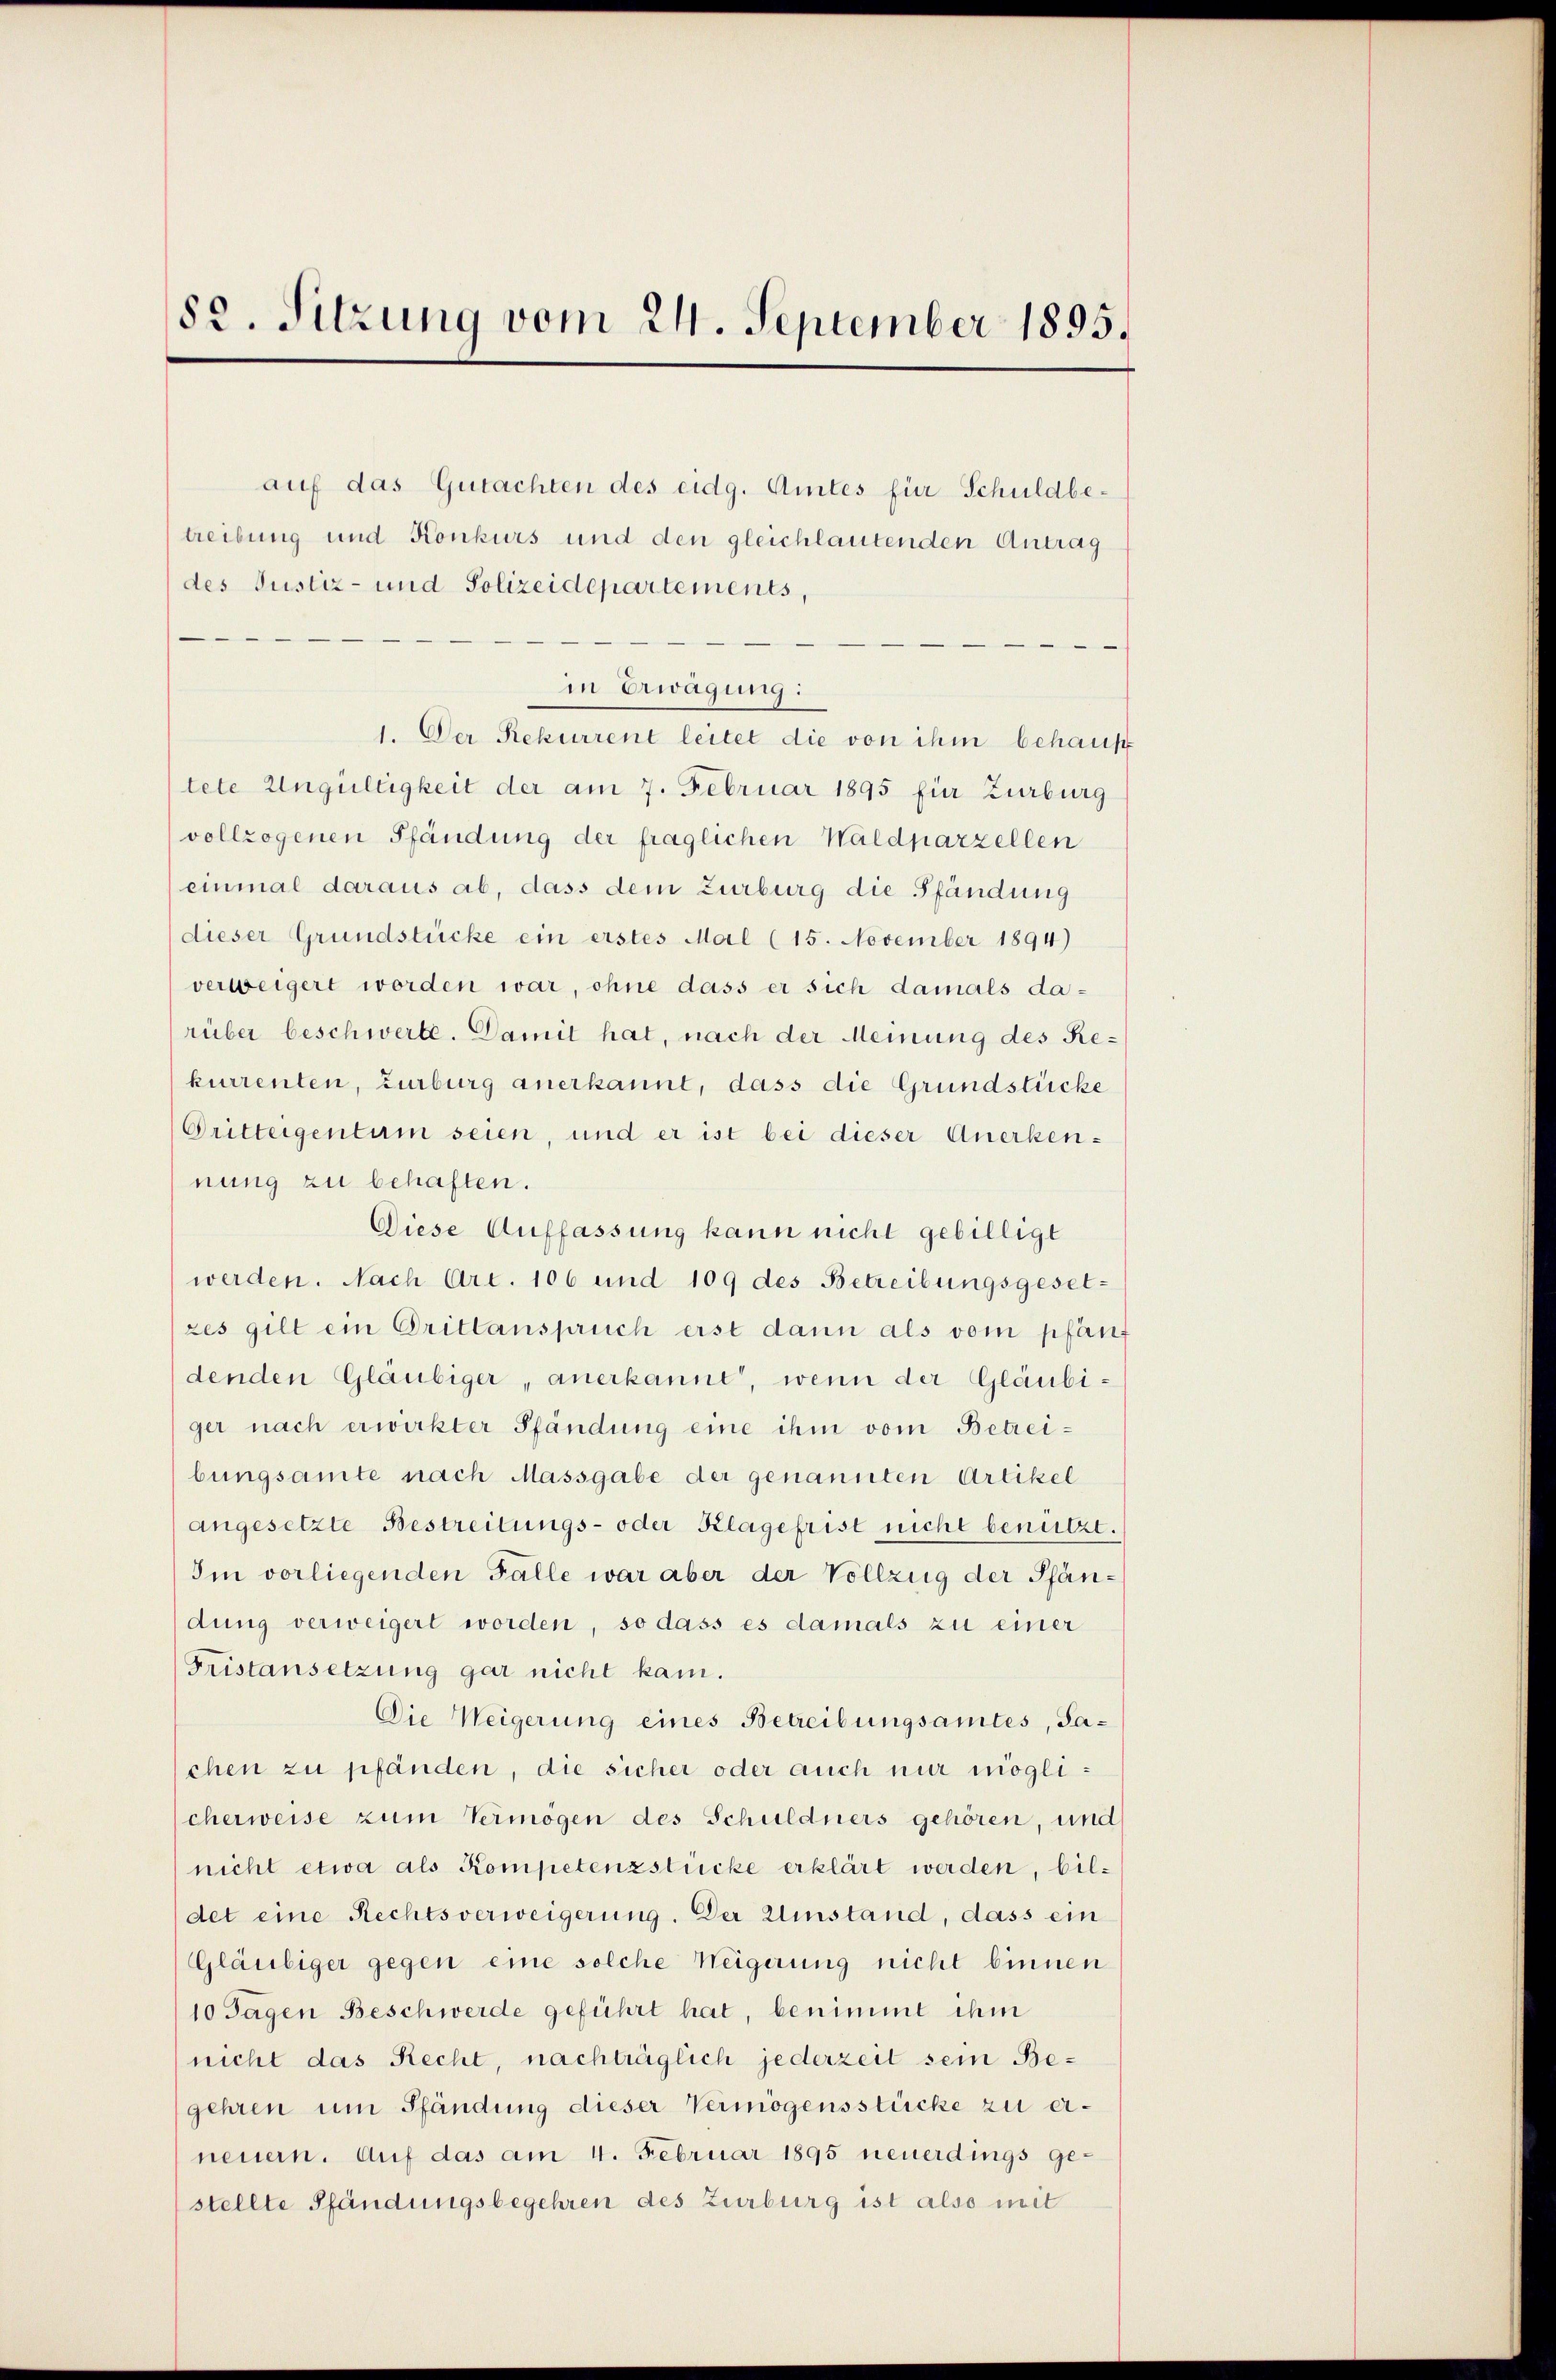
82. Sitzung vom 24. September 1895.

treibung und Konkurs und den gleichlautenden Antrag
des Justiz- und Polizeidepartements,
in Erwägung:
1. Der Rekurrent leitet die von ihm behaus
tete Ungültigkeit der am 7. Februar 1895 für Zurburg
vollzogenen Pfändung der fraglichen Waldparzellen
einmal daraus ab, dass dem Zurburg die Pfändung
dieser Grundstücke ein erstes Mal (15. November 1894)
verweigert worden war, ohne dass er sich damals darüber beschwerte. Damit hat, nach der Meinung des Rekurrenten, Zurburg anerkannt, dass die Grundstücke
Dritteigentum seien, und er ist bei dieser Anerken-
nung zu behaften.
Diese Auffassung kann nicht gebilligt
werden. Nach Art. 106 und 109 des Betreibungsgesetzes gilt ein Drittanspruch erst dann als vom pfanf
denden Gläubiger, anerkannt, wenn der Gläubiger nach erwirkter Pfändung eine ihm vom Betreibungsamte nach Massgabe der genannten Artikel
angesetzte Bestreitungs- oder Klagefrist nicht benützt.
Im vorliegenden Fälle war aber der Vollzug der Pfändung verweigert worden, so dass es damals zu einer
Fristansetzung gar nicht kam.
Die Weigerung eines Betreibungsamtes, Sachen zu pfänden, die sicher oder auch nur möglicherweise zum Vermögen des Schuldners gehören, und
nicht etwa als Kompetenzstücke erklärt werden, bildet eine Rechtsverweigerung. Der Umstand, dass ein
Gläubiger gegen eine solche Weigerung nicht binnen
10 Tagen Beschwerde geführt hat, benimmt ihm
nicht das Recht, nachträglich jederzeit sein Begehren um Pfändung dieser Vermögensstücke zu erneuern. Auf das am 4. Februar 1895 neuerdings gestellte Pfändungsbegehren des Zurburg ist also mit

auf das Gutachten des eidg. Amtes für Schuldbe¬